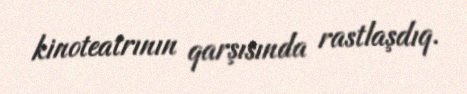
kinoteatrının qarşısında rastlaşdıq.